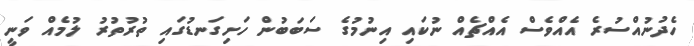
ހެދުނުއްސުރެ އެއްވެސް އެއްޗެއް ނުކައި އިނުމުގެ ސަބަބުން ހަށިގަނޑުގައި ތުރުތުރު ލުމެއް ވަނީ